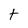
Character: t